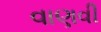
વાણવી